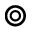
\circledcirc